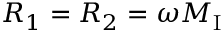
R _ { 1 } = R _ { 2 } = \omega M _ { \mathrm { I } }